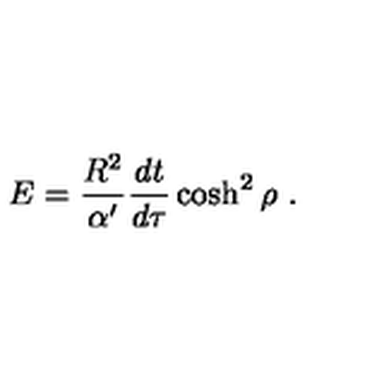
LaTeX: E = { \frac { R ^ { 2 } } { \alpha ^ { \prime } } } { \frac { d t } { d \tau } } \cosh ^ { 2 } \rho \ .